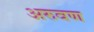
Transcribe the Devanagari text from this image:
अरुवण